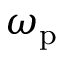
\omega _ { \mathrm { p } }